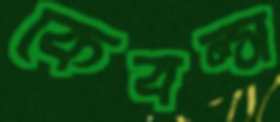
কেবল্স